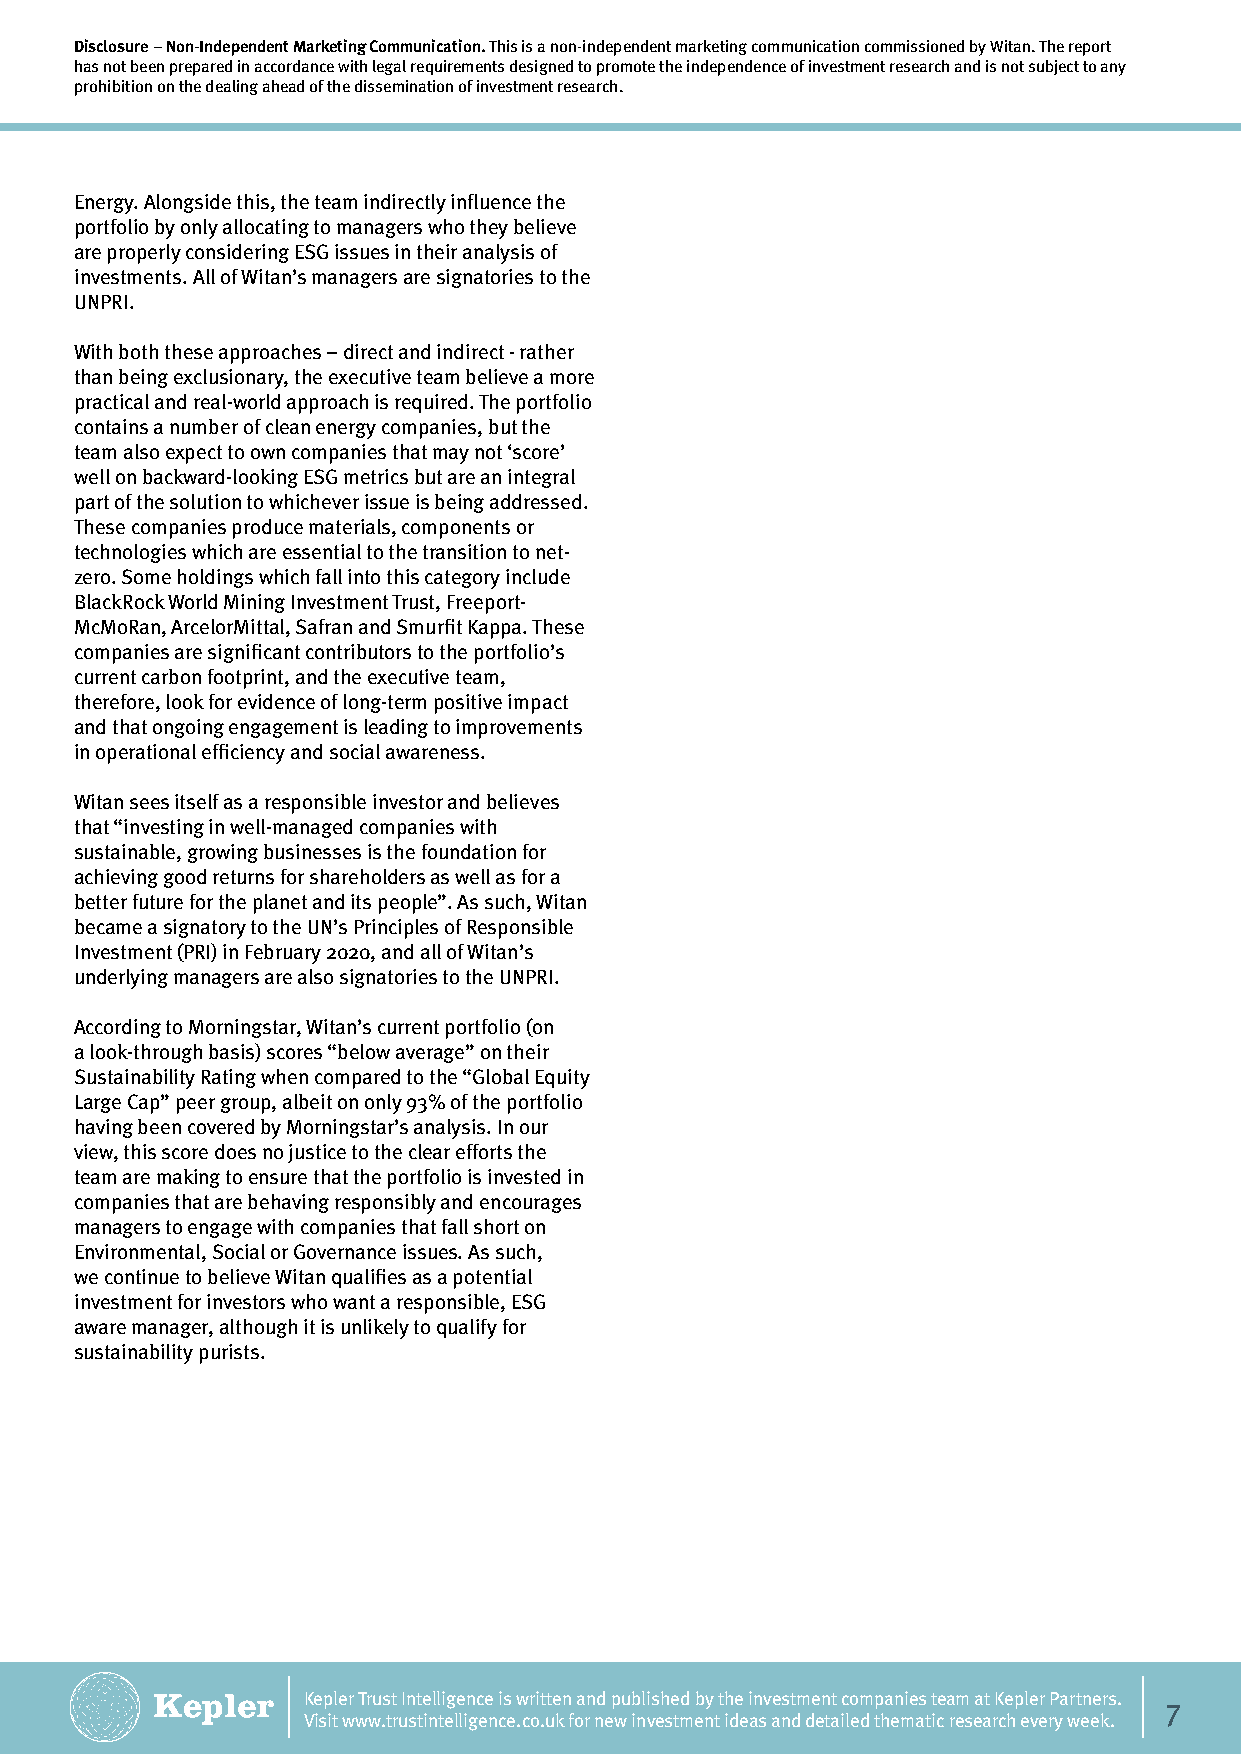
Disclosure – Non-Independent Marketing Communication. This is a non-independent marketing communication commissioned by Witan. The report
 has not been prepared in accordance with legal requirements designed to promote the independence of investment research and is not subject to any
 prohibition on the dealing ahead of the dissemination of investment research.
 Energy. Alongside this, the team indirectly influence the
 portfolio by only allocating to managers who they believe
 are properly considering ESG issues in their analysis of
 investments. All of Witan’s managers are signatories to the
 UNPRI.
 With both these approaches – direct and indirect - rather
 than being exclusionary, the executive team believe a more
 practical and real-world approach is required. The portfolio
 contains a number of clean energy companies, but the
 team also expect to own companies that may not ‘score’
 well on backward-looking ESG metrics but are an integral
 part of the solution to whichever issue is being addressed.
 These companies produce materials, components or
 technologies which are essential to the transition to net-
 zero. Some holdings which fall into this category include
 BlackRock World Mining Investment Trust, Freeport-
 McMoRan, ArcelorMittal, Safran and Smurfit Kappa. These
 companies are significant contributors to the portfolio’s
 current carbon footprint, and the executive team,
 therefore, look for evidence of long-term positive impact
 and that ongoing engagement is leading to improvements
 in operational efficiency and social awareness.
 Witan sees itself as a responsible investor and believes
 that “investing in well-managed companies with
 sustainable, growing businesses is the foundation for
 achieving good returns for shareholders as well as for a
 better future for the planet and its people”. As such, Witan
 became a signatory to the UN’s Principles of Responsible
 Investment (PRI) in February 2020, and all of Witan’s
 underlying managers are also signatories to the UNPRI.
 According to Morningstar, Witan’s current portfolio (on
 a look-through basis) scores “below average” on their
 Sustainability Rating when compared to the “Global Equity
 Large Cap” peer group, albeit on only 93% of the portfolio
 having been covered by Morningstar’s analysis. In our
 view, this score does no justice to the clear efforts the
 team are making to ensure that the portfolio is invested in
 companies that are behaving responsibly and encourages
 managers to engage with companies that fall short on
 Environmental, Social or Governance issues. As such,
 we continue to believe Witan qualifies as a potential
 investment for investors who want a responsible, ESG
 aware manager, although it is unlikely to qualify for
 sustainability purists.
 Kepler Trust Intelligence is written and published by the investment companies team at Kepler Partners.
 7
 Visit www.trustintelligence.co.uk for new investment ideas and detailed thematic research every week.